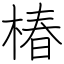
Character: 椿